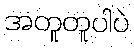
အတူတူပါပဲ